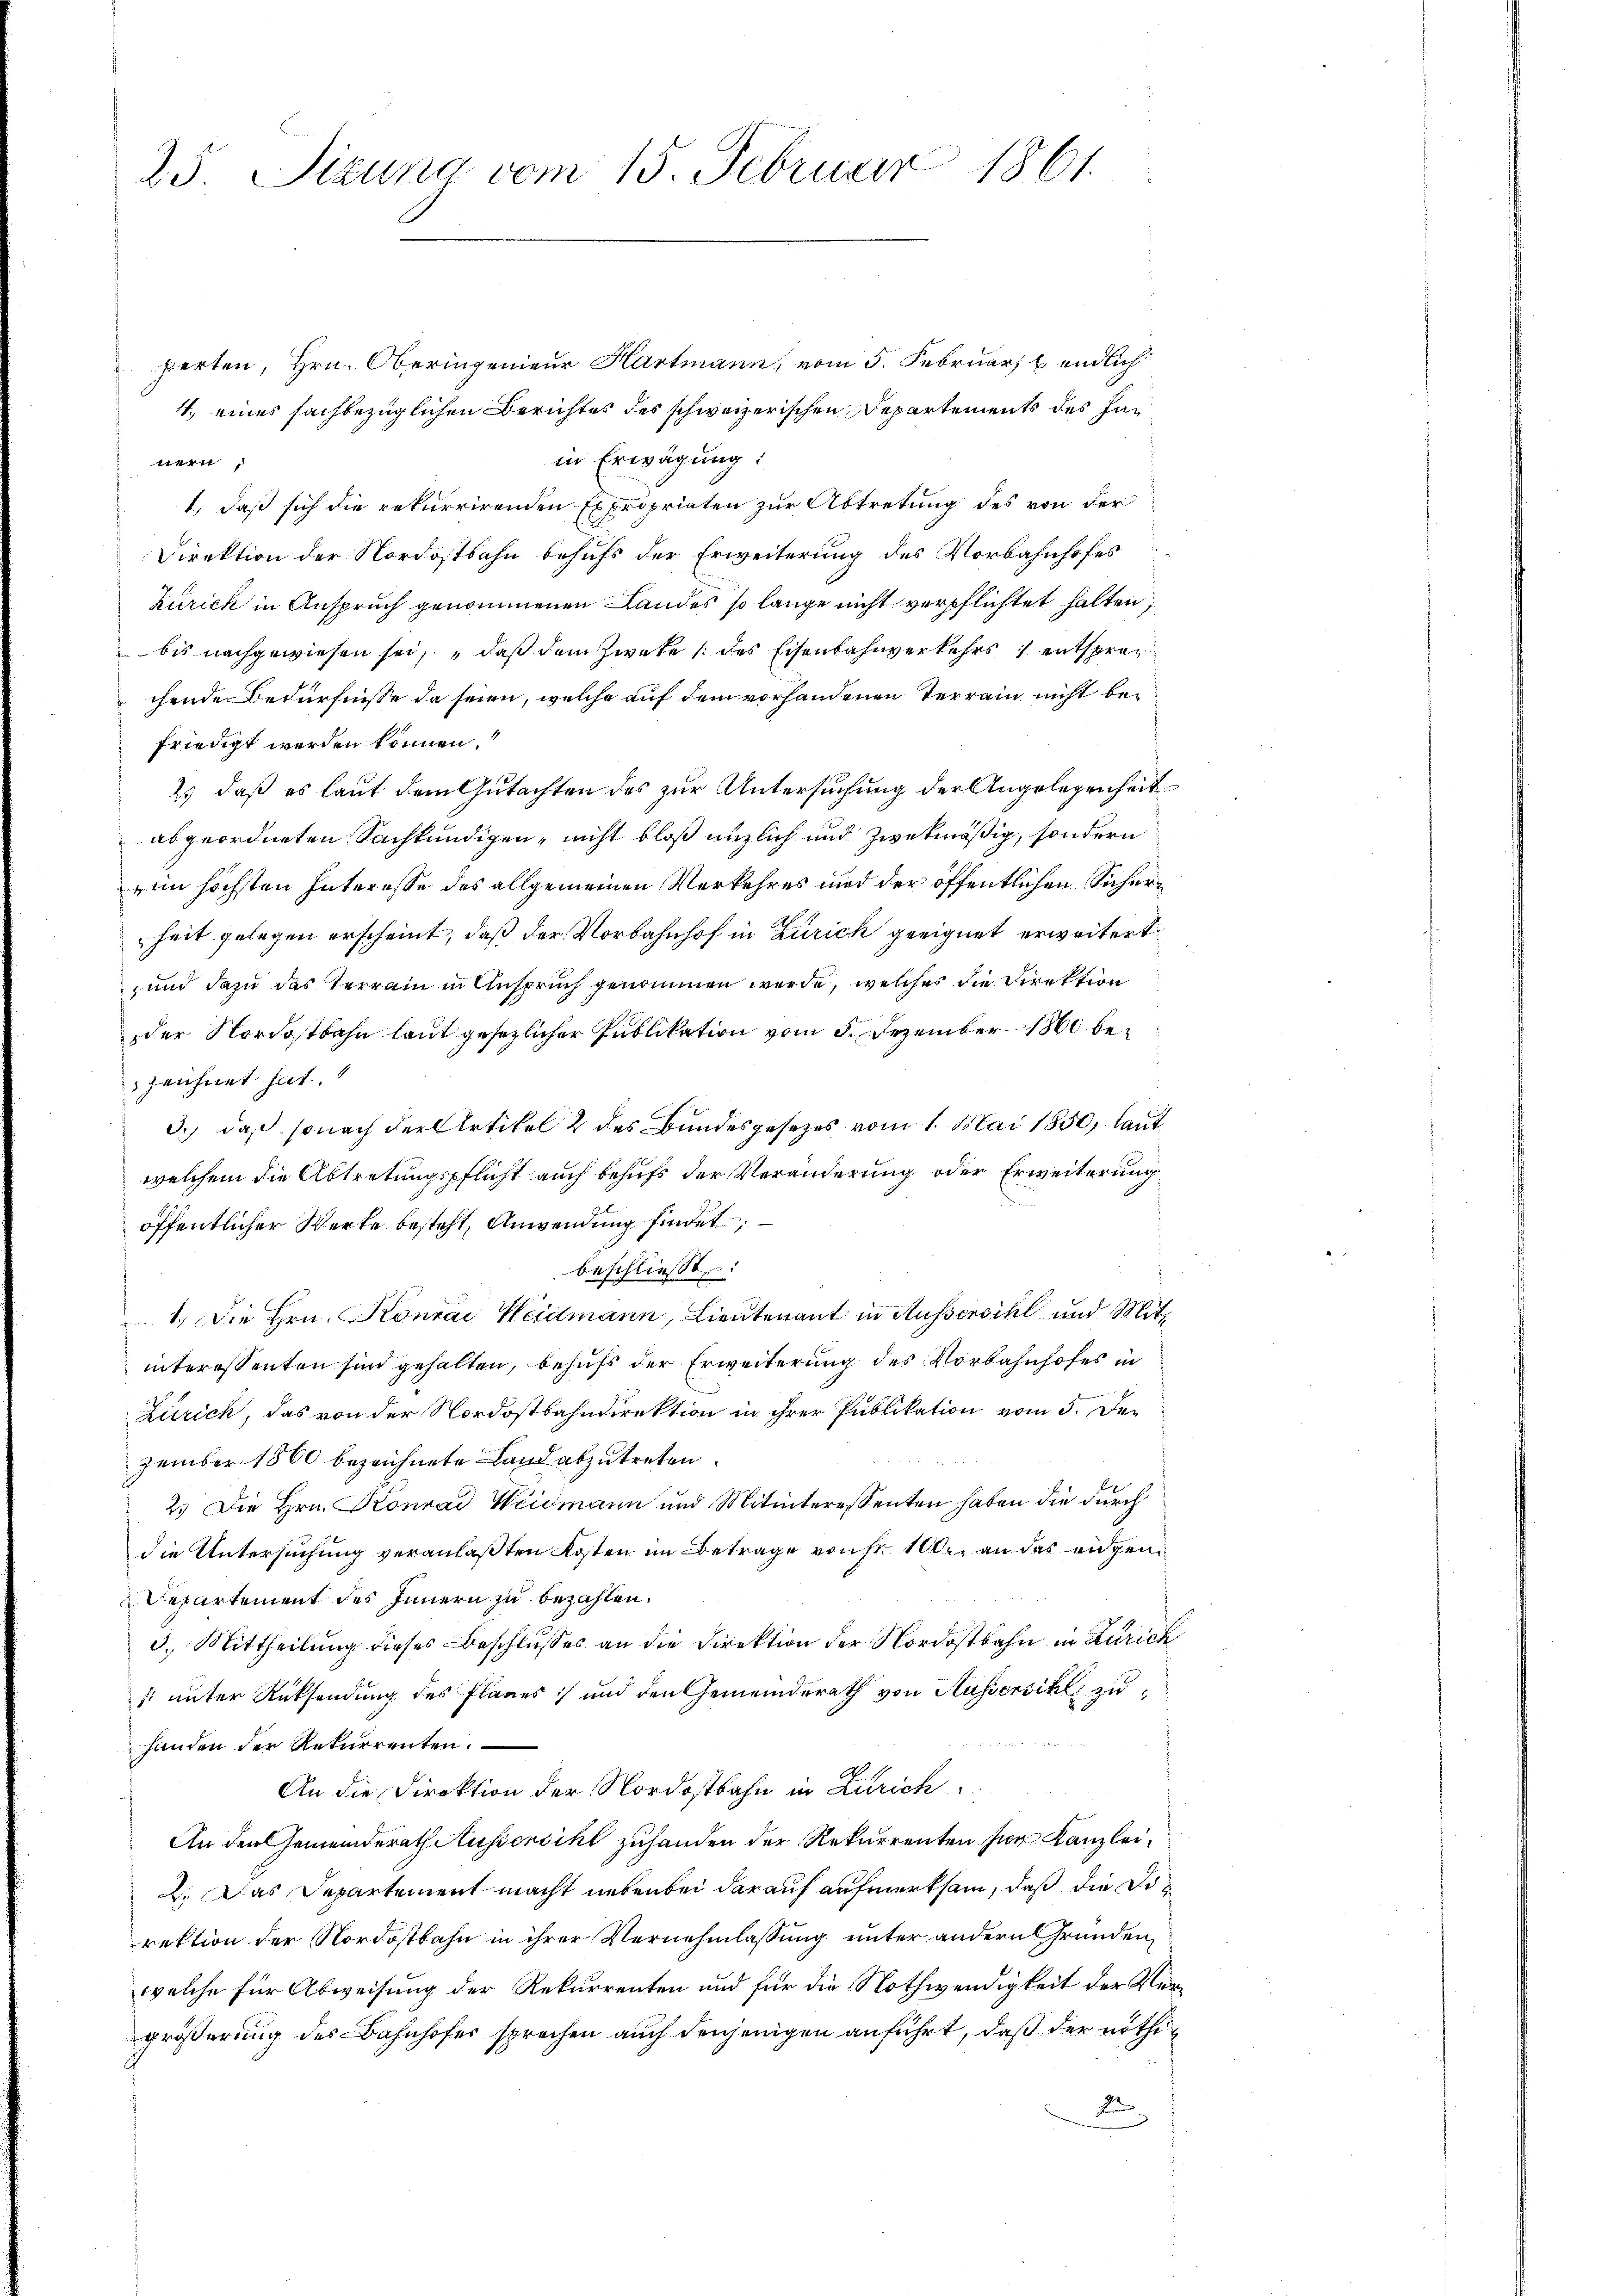
25 Sizung vom 15. Februar 1861.

perten, Hrn. Oberingenieur Hartmann, vom 5. Februar & endlich
4. eines sachbezüglichen Berichtes des schweizerischen Departements des Inin Erwägung:
nern,
1., daß sich die rekurrirenden Expropriaten zur Abtretung des von der
Direktion der Nordostbahn behufs der Erweiterung des Vorbahnhofes
zurick in Anspruch genommenen Landes so lange nicht verpflichtet halten;
 bis nachgewiesen sei, daß dem Zwete (des Eisenbahnverkehrs entsprec
chende Bedürfnisse da seien, welche auf dem vorhandenen Terrain nicht befriedigt werden können.
2) daß es laut dem Gutachten des zur Untersuchung der Angelegenheit
abgeordneten Sachkundigen, nicht bloß unzlich und zwekmäßig, sondern
im höchsten Interesse des allgemeinen Verkehres und der öffentlichen Sicherheit gelegen erscheint, daß der Vorbahnhof in Zürich geeignet erweitert.
und dazu das Terrain in Anspruch genommen werde, welches die Direktion
der Nordostbahn laut gesezlicher Publikation vom 5. Dezember 1860 bezeichnet hat.
3.) daß sonach der Artikel 2 des Bundesgesezes vom 1. Mai 1850, laut
welchem die Abtretungspflicht auch behufs der Veränderung oder Erweiterung
öffentlicher Werte besteht, Anwendung findet
beschließt:
1.) Die Hrn. Konrad Weidmann, Lieutenant in Aussersihl und Mitinteressenten sind gehalten, behufs der Erweiterung des Vorbahnhofes in
Zürich, das von der Nordostbahndirektion in ihrer Publikation vom 5. Dezember 1860 bezeichnete Land abzutreten.
2. Die Hrn. Konrad Weidmann und Mitinteressenten haben die durch
die Untersuchung veranlaßten Kosten im Betrage von 100. an das eidgen
Departement des Innern zu bezahlen.
3.) Mittheilung dieses Beschlusses an die Direktion der Nordostbahn in Zürich
: unter Rücksendung des Planes :/ und den Gemeinderath von Hussersihl zuhanden der Rekurrenten.
An die Direktion der Nordostbahn in Zürich
 An den Gemeinderath Aussersihl zuhanden der Rekurrenten hier Kanzlei¬
2. Das Departement macht nebenbei darauf aufmerksam, daß die Direktion der Nordostbahn in ihrer Vernehmlassung unter andern Gründen,
welche für Abweisung der Rekurrenten und für die Nothwendigkeit der Vergrößerung des Bahnhofes sprechen auch denjenigen anführt, daß der nöthixx